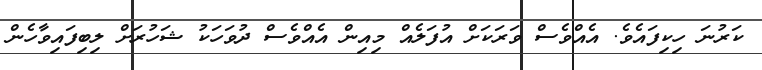
ކަރުނަ ހިކިފައެވެ. އެއްވެސް ވަރަކަށް އުފަލެއް މިއިން އެއްވެސް ދުވަހަކު ޝަހުރަށް ލިބިފައިވާހެން